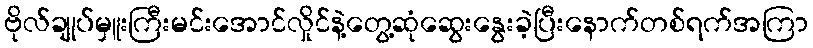
ဗိုလ်ချုပ်မှူးကြီးမင်းအောင်လှိုင်နဲ့တွေ့ဆုံဆွေးနွေးခဲ့ပြီးနောက်တစ်ရက်အကြာ